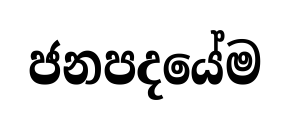
ජනපදයේම